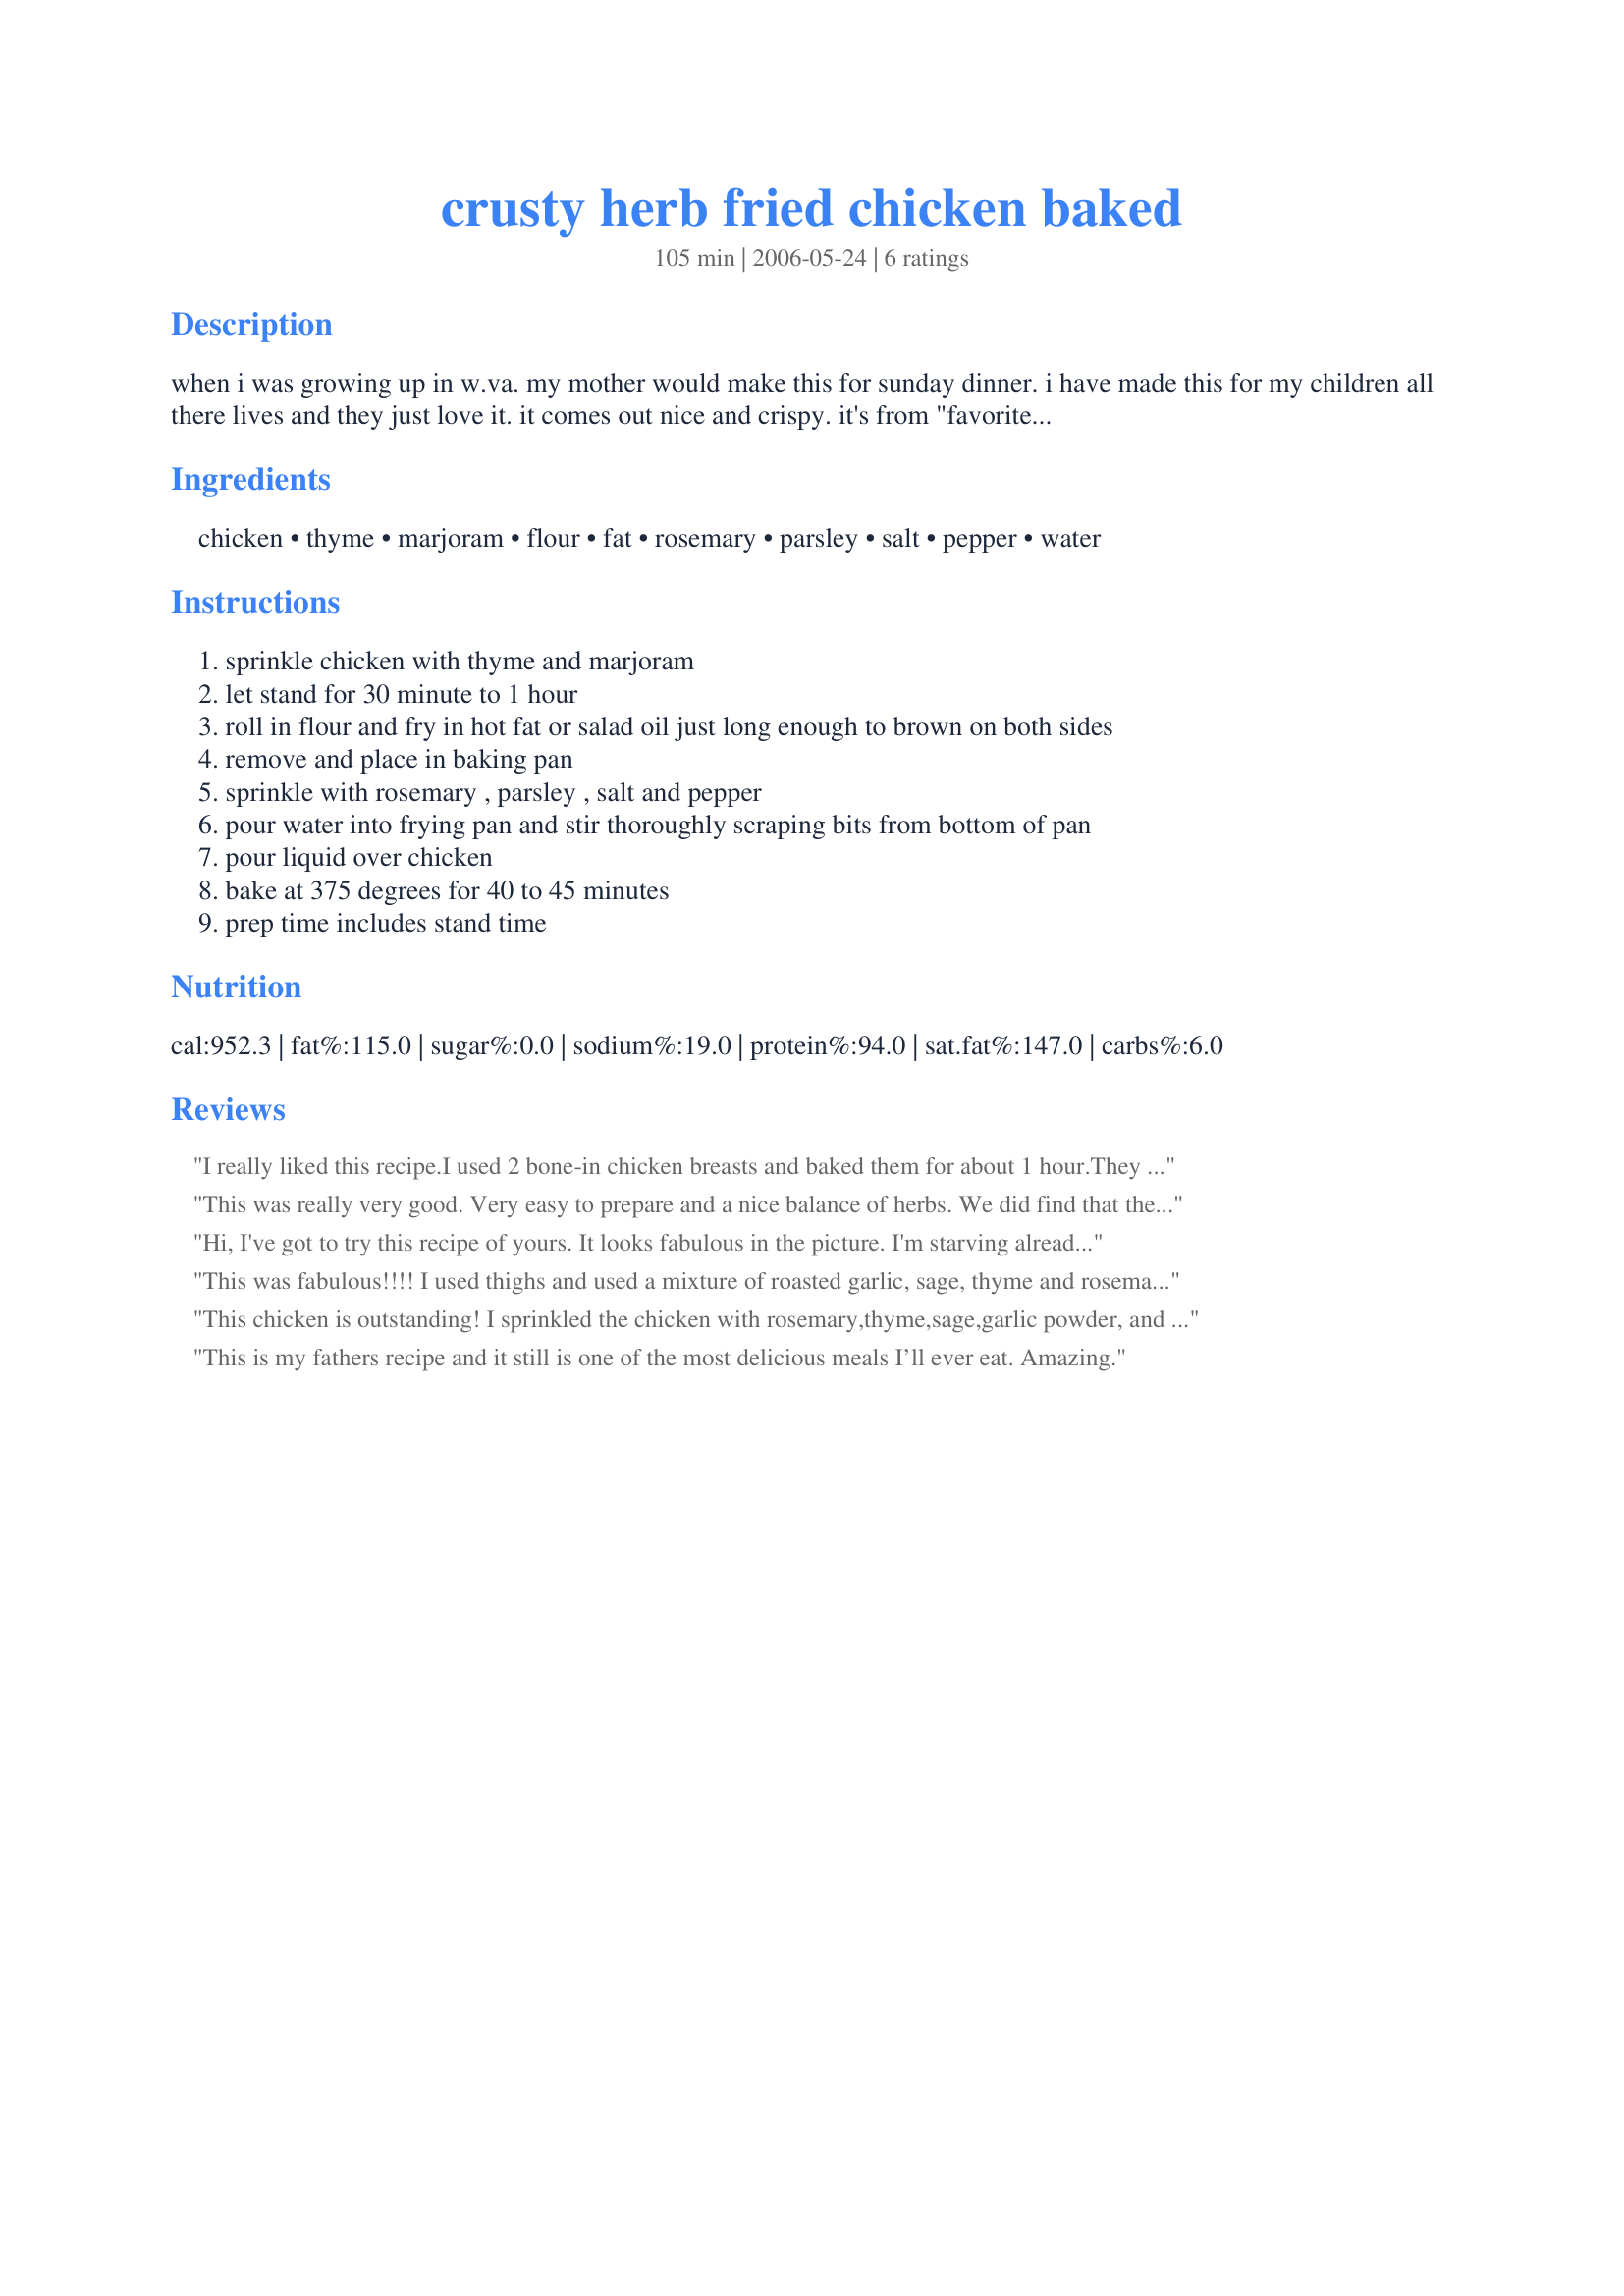
crusty herb fried chicken baked
Preparation time: 105 minutes

when i was growing up in w.va. my mother would make this for sunday dinner. i have made this for my children all there lives and they just love it. it comes out nice and crispy. it's from "favorite recipes of america" 1968

Ingredients:
chicken, thyme, marjoram, flour, fat, rosemary, parsley, salt, pepper, water

Steps:
sprinkle chicken with thyme and marjoram
let stand for 30 minute to 1 hour
roll in flour and fry in hot fat or salad oil just long enough to brown on both sides
remove and place in baking pan
sprinkle with rosemary , parsley , salt and pepper
pour water into frying pan and stir thoroughly scraping bits from bottom of pan
pour liquid over chicken
bake at 375 degrees for 40 to 45 minutes
prep time includes stand time

Reviews:
I really liked this recipe.I used 2 bone-in chicken breasts and baked them for about 1 hour.They were very moist and tasty.Great recipe.
This was really very good. Very easy to prepare and a nice balance of herbs. We did find that the taste was improved by sprinkling lemon juice over the chicken before the oven stage (hence the four stars) but this may be purely a taste preference on our part. Certainly worthy of five stars if you are not a lemon junkie.
Hi,
 I've got to try this recipe of yours. It looks fabulous in the picture. I'm starving already. Hope you can post some more of your favorite recipes. Thanks for sharing. Glen of Coolidge, Arizona
This was fabulous!!!! I used thighs and used a mixture of roasted garlic, sage, thyme and rosemary stuffed under the skin.
This cooked to perfection and we LOVED this!!!!
Thanks for posting
This chicken is outstanding! I sprinkled the chicken with rosemary,thyme,sage,garlic powder, and cayenne also took the advice of putting it under the skin as well, I made one mistake and that was I forgot to roll it in flour before browning but it didn't seem to matter it was still crisp and the most flavorful chicken I have ever made. I am sure it is obvious but maybe not, I did drain off the hot oil before adding the water to the pan. Served with corn and buttered noodles. I will make this many many times, my husband raved also.
This is my fathers recipe and it still is one of the most delicious meals I’ll ever eat. Amazing.
